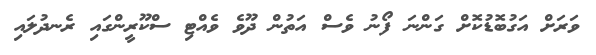
ވަރަށް އަގުބޮޑުކޮށް ގަންނަ ފޯނު ވެސް އަތުން ދޫވެ ވެއްޓި ސްކޫރީންގައި ރެނދުލައި